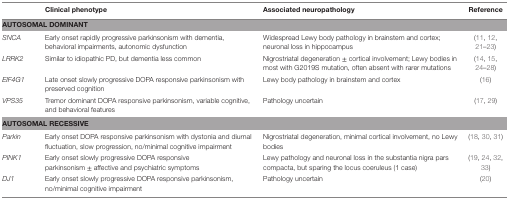
<table><thead><tr><td></td><td><b>Clinical phenotype</b></td><td><b>Associated neuropathology</b></td><td><b>Reference</b></td></tr></thead><tbody><tr><td colspan="4"><b>AUTOSOMAL DOMINANT</b></td></tr><tr><td><i>SNCA</i></td><td>Early onset rapidly progressive parkinsonism with dementia, behavioral impairments, autonomic dysfunction</td><td>Widespread Lewy body pathology in brainstem and cortex; neuronal loss in hippocampus</td><td>(11, 12, 21–23)</td></tr><tr><td><i>LRRK2</i></td><td>Similar to idiopathic PD, but dementia less common</td><td>Nigrostriatal degeneration ± cortical involvement; Lewy bodies in most with G2019S mutation, often absent with rarer mutations</td><td>(14, 15, 24–28)</td></tr><tr><td><i>EIF4G1</i></td><td>Late onset slowly progressive DOPA responsive parkinsonism with preserved cognition</td><td>Lewy body pathology in brainstem and cortex</td><td>(16)</td></tr><tr><td><i>VPS35</i></td><td>Tremor dominant DOPA responsive parkinsonism, variable cognitive, and behavioral features</td><td>Pathology uncertain</td><td>(17, 29)</td></tr><tr><td colspan="4"><b>AUTOSOMAL RECESSIVE</b></td></tr><tr><td><i>Parkin</i></td><td>Early onset DOPA responsive parkinsonism with dystonia and diurnal fluctuation, slow progression, no/minimal cognitive impairment</td><td>Nigrostriatal degeneration, minimal cortical involvement, no Lewy bodies</td><td>(18, 30, 31)</td></tr><tr><td><i>PINK1</i></td><td>Early onset slowly progressive DOPA responsive parkinsonism ± affective and psychiatric symptoms</td><td>Lewy pathology and neuronal loss in the substantia nigra pars compacta, but sparing the locus coeruleus (1 case)</td><td>(19, 24, 32, 33)</td></tr><tr><td><i>DJ1</i></td><td>Early onset slowly progressive DOPA responsive parkinsonism, no/minimal cognitive impairment</td><td>Pathology uncertain</td><td>(20)</td></tr></tbody></table>